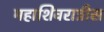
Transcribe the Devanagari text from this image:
महाशिवरात्रीस